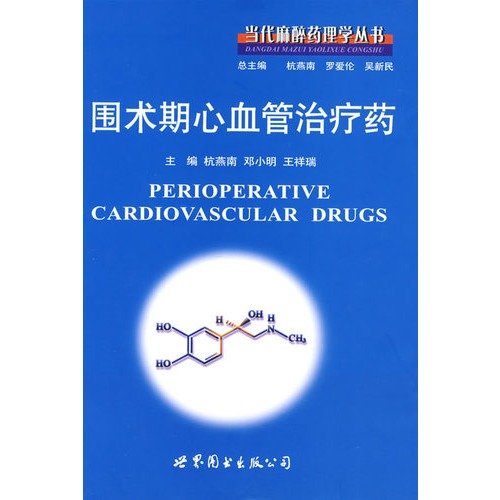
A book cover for Contemporary anesthetic pharmacology Series: Perioperative Cardiovascular Therapeutics drug(Chinese Edition); HANG YAN NAN. DENG XIAO MING WANG XIANG RUI; Medical Books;